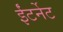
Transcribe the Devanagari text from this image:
ईंटर्नेट